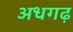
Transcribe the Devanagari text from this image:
अधगढ़